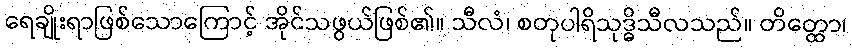
ရေချိုးရာဖြစ်သောကြောင့် အိုင်သဖွယ်ဖြစ်၏။ သီလံ၊ စတုပါရိသုဒ္ဓိသီလသည်။ တိတ္ထော၊